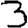
Digit: 3